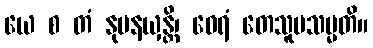
ယေ စ တံ နုပနယှန္တိ၊ ဝေရံ တေသူပသမ္မတိ။